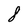
Character: 8